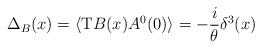
LaTeX: \begin{align*}\Delta_B(x)=\langle {\rm T} B(x) A^0(0) \rangle = -\frac{i}{\theta} \delta^3(x)\end{align*}